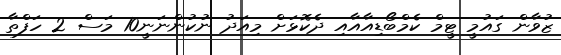
ޒުވާން ގައުމީ ޓީމް ކެމްބޯޑިއާއާއި ދެކޮޅަށް މިއަދު ނުކުންނަނީ10 މަސް 2 ހަފްތާ